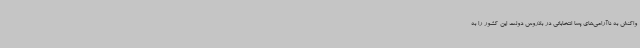
واکنش به ناآرامی‌های پسا انتخاباتی در بلاروس دولت این کشور را به